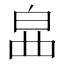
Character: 𤽚